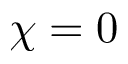
{ \chi = 0 }